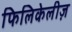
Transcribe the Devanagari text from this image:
फिलिकेलीज़